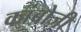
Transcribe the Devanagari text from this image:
कांबोजी